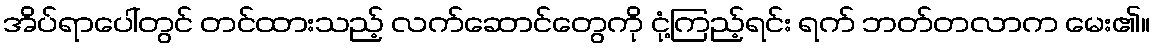
အိပ်ရာပေါ်တွင် တင်ထားသည့် လက်ဆောင်တွေကို ငုံ့ကြည့်ရင်း ရက် ဘတ်တလာက မေး၏။